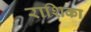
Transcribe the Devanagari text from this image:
राशिका